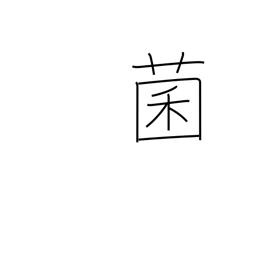
Meaning: bacteria